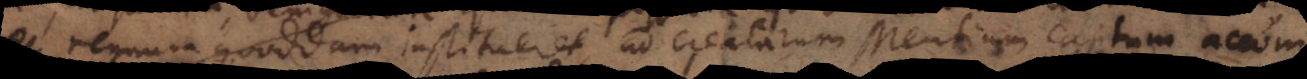
et regnum quoddam institueret, ad creatarum Mentium captum accom